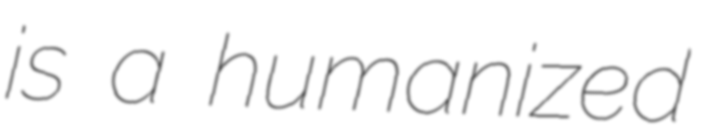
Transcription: is a humanized